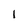
Character: l